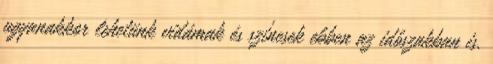
ugyanakkor lehetünk vidámak és színesek ebben az időszakban is.